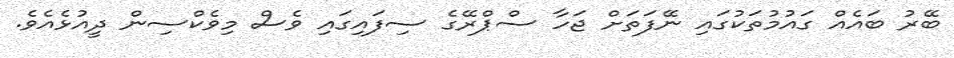
ބޭރު ބައެއް ގައުމުތަކުގައި ނޭފަތަށް ޖަހާ ސްޕްރޭގެ ސިފައިގައި ވެސް މިވެކްސިން ދީއުޅެއެވެ.